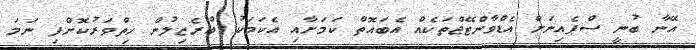
އޭނާ ބުނީ ސްޕެއިނަށް އެޑްވާންޓޭޖްތަކެއް އެބައޮތް ކަމަށާއި އެކަމަކު ބްރެޒިލުން ހިތްވަރުކޮށްފި ނަމަ